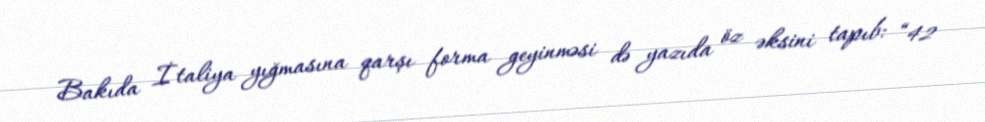
Bakıda İtaliya yığmasına qarşı forma geyinməsi də yazıda öz əksini tapıb: “42